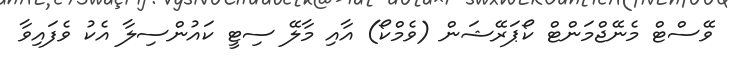
ވޭސްޓް މެނޭޖްމަންޓް ކޯޕަރޭޝަން (ވެމްކޯ) އާއި މާލޭ ސިޓީ ކައުންސިލާ އެކު ވެފައިވާ